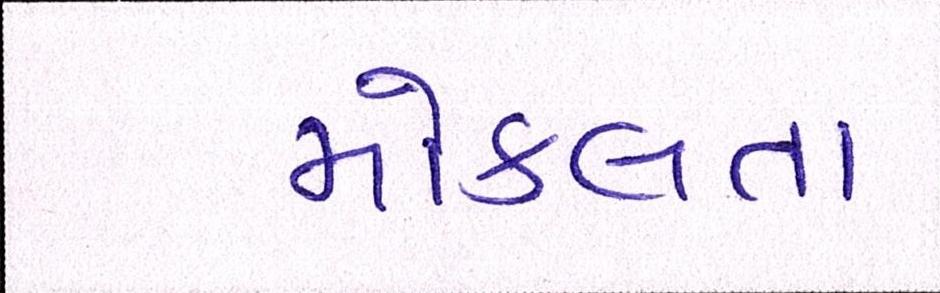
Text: મોકલતા